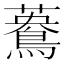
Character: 𪃳